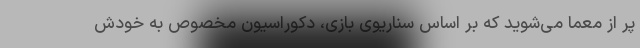
پر از معما می‌شوید که بر اساس سناریوی بازی، دکوراسیون مخصوص به خودش